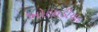
ખોલાડીયાદ